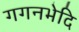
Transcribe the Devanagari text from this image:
गगनभेदि